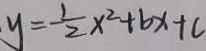
y = - \frac { 1 } { 2 } x ^ { 2 } + b x + c